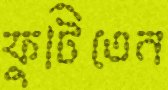
ফুটিতেন